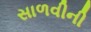
સાળવીની